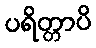
ပရိတ္တာပိ